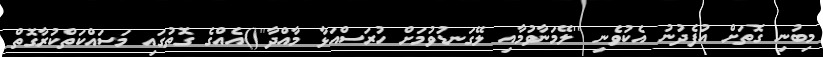
މިބުނި ގޮތަށް އުފެދުނު އެކުވެނި ''ލޭމަނާވުމާއި ލޭގަނޑުވުމަށް ހުރަސްއަޅާ މާއްދާ''()އެއްގެ ގޮތުގައި މަސައްކަތްކުރާގޮތް